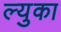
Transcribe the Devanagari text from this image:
ल्युका